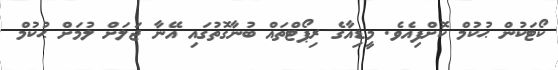
ކޯޓަކުން ޙުކުމް ކޮށްފިއެވެ. މީޑިއާގެ ރިޕޯޓްތައް ބުނާގޮތުގައި އޭނާ ޖަލަށް ލުމަށް ޙުކުމް